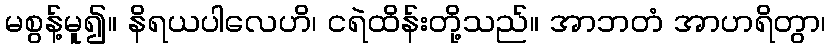
မစွန့်မူ၍။ နိရယပါလေဟိ၊ ငရဲထိန်းတို့သည်။ အာဘတံ အာဟရိတွာ၊